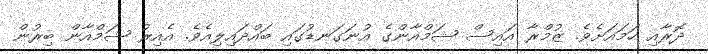
ދޮރާއި ހަމައަށެވެ. ޒުމްރާ އައިސް ޝަމްއާންގެ އުނަގަނޑުގައި ބައްދައިލިއެވެ. އެއިރު ޝަމްއާން ބިރުން